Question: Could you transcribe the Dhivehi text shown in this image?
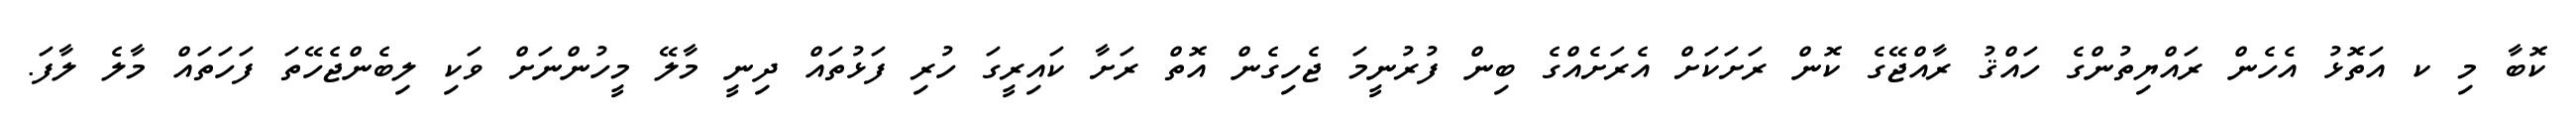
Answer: ކޮބާ މި ކ އަތޮޅު އެހެން ރައްޔިތުންގެ ހައްޤު ރާއްޖޭގެ ކޮން ރަށަކަށް އެރަށެއްގެ ބިން ފުރުނީމަ ޖެހިގެން އޮތް ރަށާ ކައިރީގަ ހުރި ފަޅުތައް ދިނީ މާލޭ މީހުންނަށް ވަކި ލިބެންޖެހޭތަ ފަހަތައް މާލެ ލާފަ.